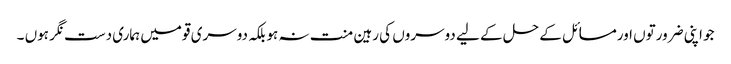
جو اپنی ضرورتوں اورمسائل کے حل کے لیے دوسروں کی رہین منت نہ ہوبلکہ دوسری قومیں ہماری دست نگر ہوں ۔